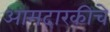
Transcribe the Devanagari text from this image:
आमदारकीचे